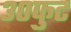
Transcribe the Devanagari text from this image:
३०फुट